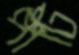
পার্টি